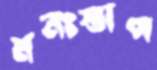
মনঃস্তাপ